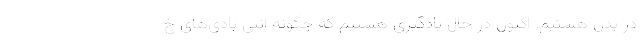
در بدن هستیم. اکنون در حال یادگیری هستیم که چگونه آنتی بادی‌های خ